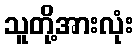
သူတို့အားလုံး